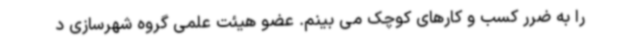
را به ضرر کسب و کارهای کوچک می بینم. عضو هیئت علمی گروه شهرسازی د